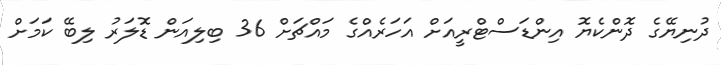
ދުނިޔޭގެ ދޮންކެޔޮ އިންޑަސްޓްރީއަށް އަހަރެއްގެ މައްޗަށް 36 ބިލިއަން ޑޮލަރު ލިބޭ ކަމަށް